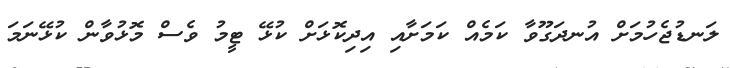
ލަނޑުޖެހުމަށް އުނދަގޫވާ ކަމެއް ކަމަށާއި އިދިކޮޅަށް ކުޅޭ ޓީމު ވެސް މޮޅުވާން ކުޅޭނަމަ